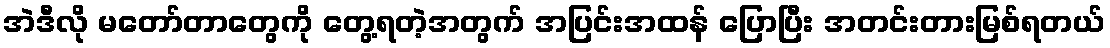
အဲဒီလို မတော်တာတွေကို တွေ့ရတဲ့အတွက် အပြင်းအထန် ပြောပြီး အတင်းတားမြစ်ရတယ်